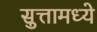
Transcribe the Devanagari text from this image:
सुत्तामध्ये